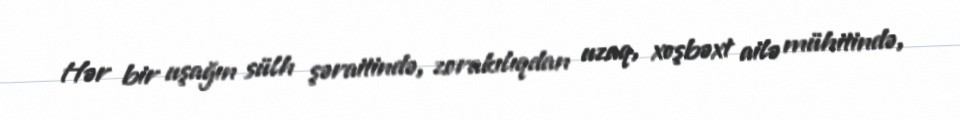
Hər bir uşağın sülh şəraitində, zorakılıqdan uzaq, xoşbəxt ailə mühitində,